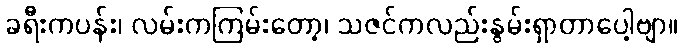
ခရီးကပန်း၊ လမ်းကကြမ်းတော့၊ သဇင်ကလည်းနွမ်းရှာတာပေါ့ဗျာ။